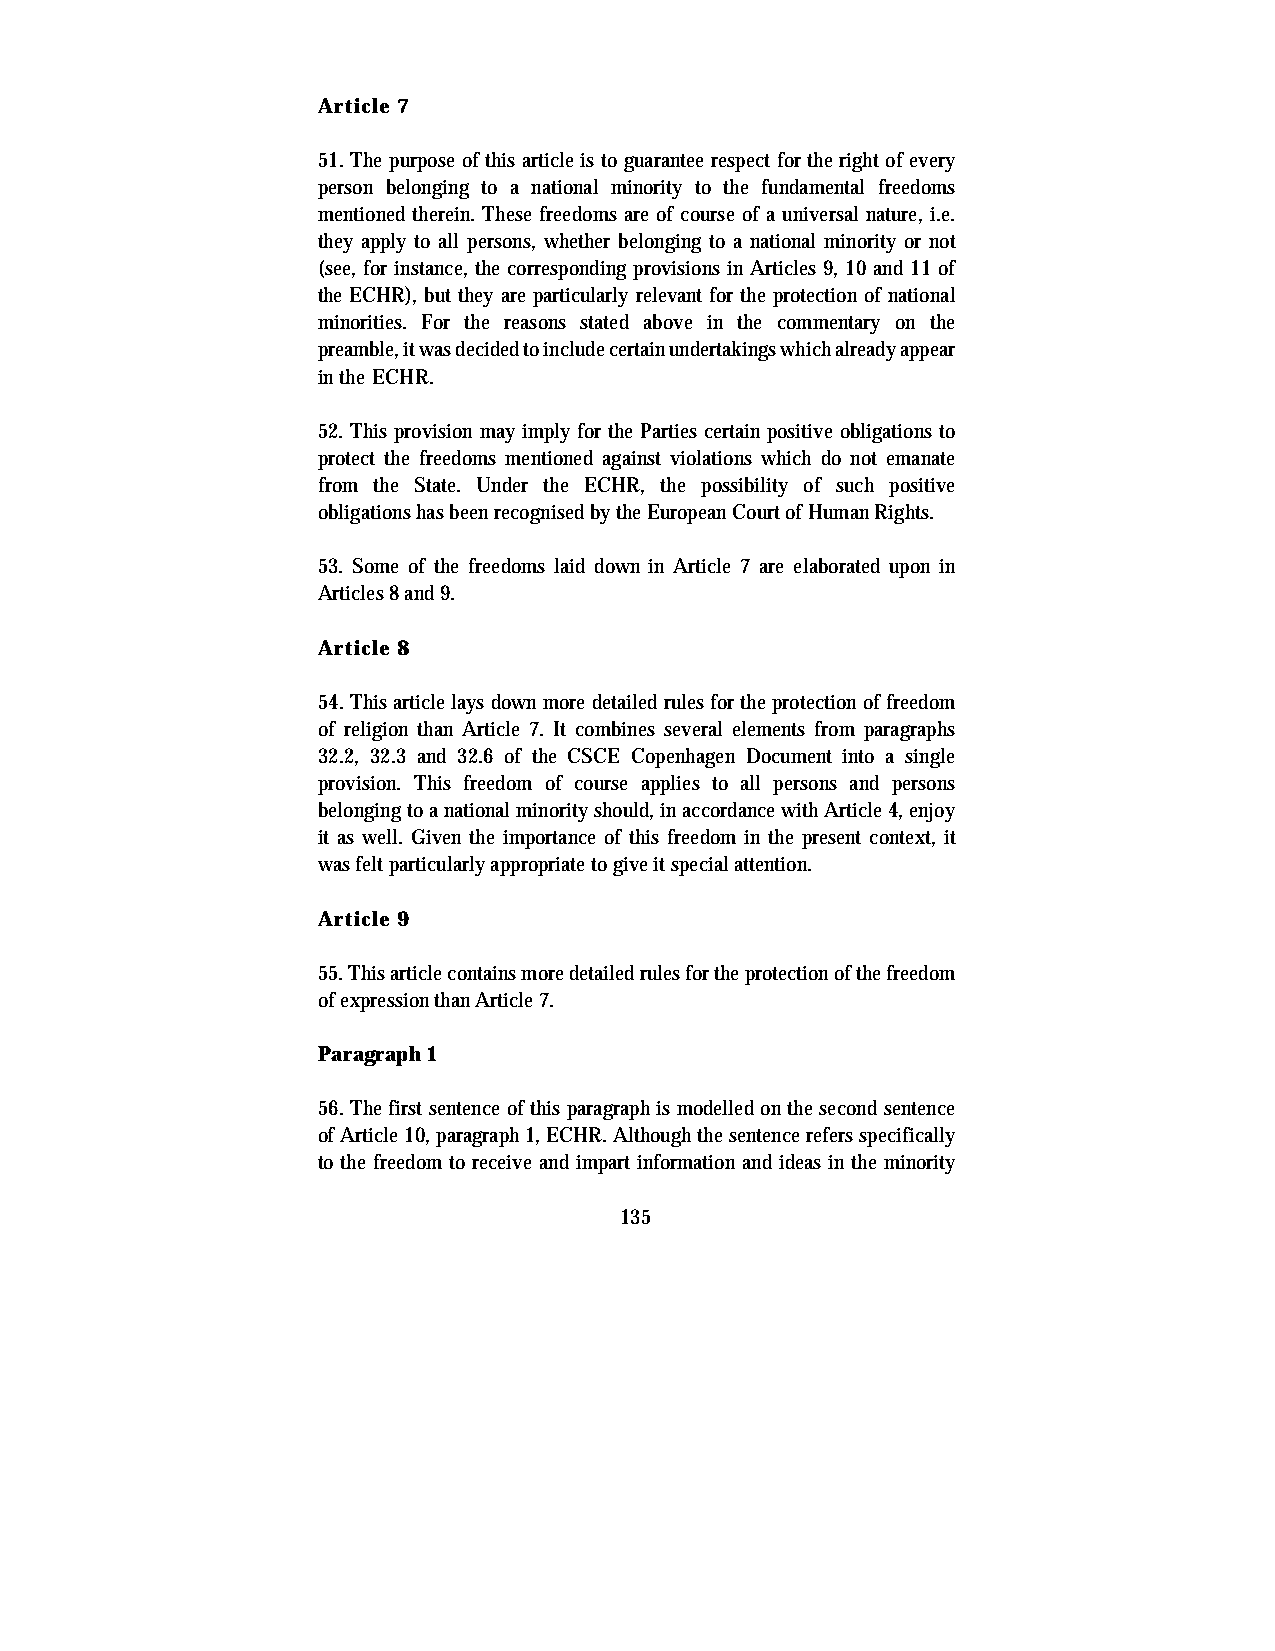
Article 7
 51. The purpose of this article is to guarantee respect for the right of every
 person belonging to a national minority to the fundamental freedoms
 mentioned therein. These freedoms are of course of a universal nature, i.e.
 they apply to all persons, whether belonging to a national minority or not
 (see, for instance, the corresponding provisions in Articles 9, 10 and 11 of
 the ECHR), but they are particularly relevant for the protection of national
 minorities. For the reasons stated above in the commentary on the
 preamble, it was decided to include certain undertakings which already appear
 in the ECHR.
 52. This provision may imply for the Parties certain positive obligations to
 protect the freedoms mentioned against violations which do not emanate
 from the State. Under the ECHR, the possibility of such positive
 obligations has been recognised by the European Court of Human Rights.
 53. Some of the freedoms laid down in Article 7 are elaborated upon in
 Articles 8 and 9.
 Article 8
 54. This article lays down more detailed rules for the protection of freedom
 of religion than Article 7. It combines several elements from paragraphs
 32.2, 32.3 and 32.6 of the CSCE Copenhagen Document into a single
 provision. This freedom of course applies to all persons and persons
 belonging to a national minority should, in accordance with Article 4, enjoy
 it as well. Given the importance of this freedom in the present context, it
 was felt particularly appropriate to give it special attention.
 Article 9
 55. This article contains more detailed rules for the protection of the freedom
 of expression than Article 7.
 Paragraph 1
 56. The first sentence of this paragraph is modelled on the second sentence
 of Article 10, paragraph 1, ECHR. Although the sentence refers specifically
 to the freedom to receive and impart information and ideas in the minority
 135